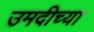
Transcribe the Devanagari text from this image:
उमदीच्या